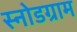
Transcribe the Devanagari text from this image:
स्नोडग्राम